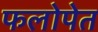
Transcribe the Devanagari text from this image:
फलोपेत